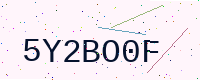
Text: 5Y2BO0F